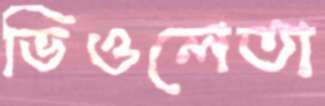
ভিওলেতা